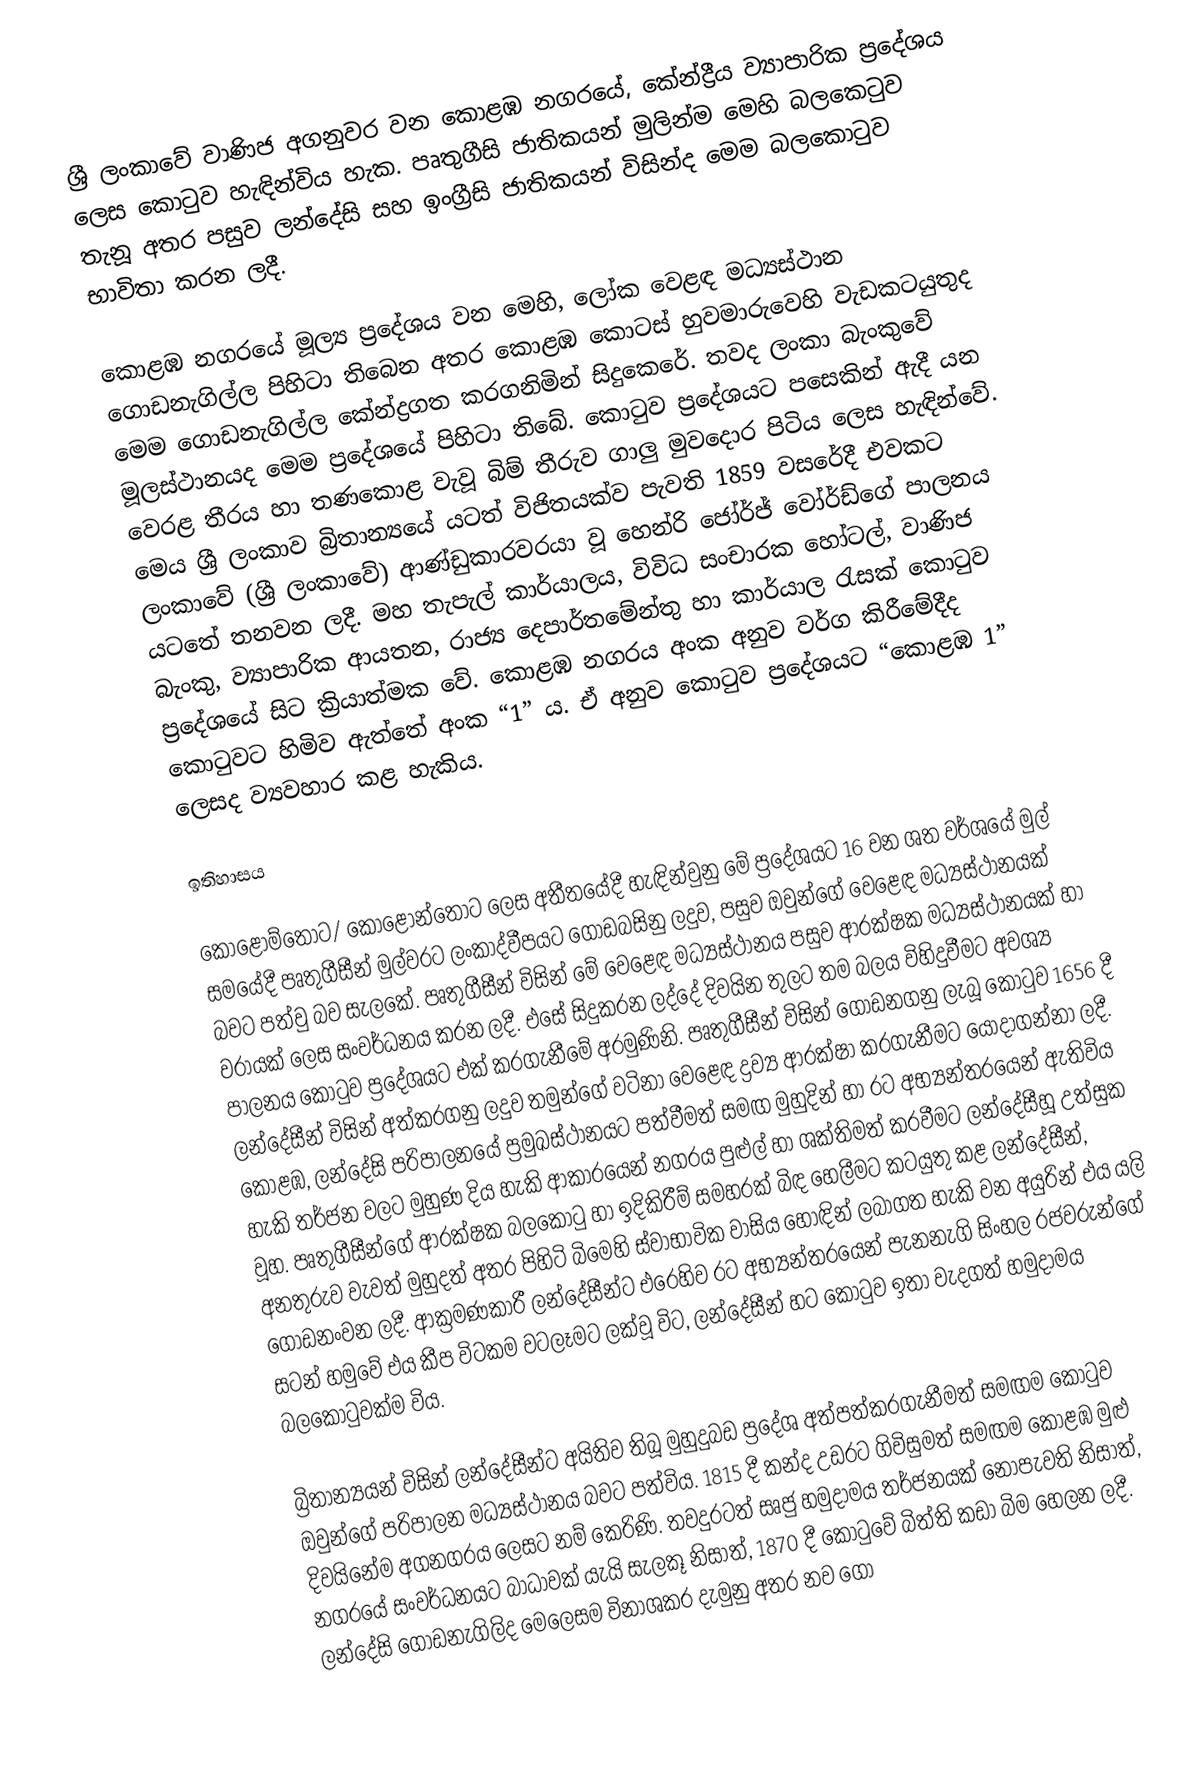
ශ්‍රී ලංකාවේ වාණිජ අගනුවර වන කොළඹ නගරයේ,  කේන්ද්‍රීය ව්‍යාපාරික ප්‍රදේශය ලෙස කොටුව හැඳින්විය හැක. පෘතුගීසි ජාතිකයන් මුලින්ම මෙහි බලකෙටුව තැනූ අතර පසුව ලන්දේසි සහ ඉංග්‍රීසි ජාතිකයන් විසින්ද මෙම බලකොටුව භාවිතා කරන ලදී.

කොළඹ නගරයේ මූල්‍ය ප්‍රදේශය වන මෙහි, ලෝක වෙළඳ මධ්‍යස්ථාන ගොඩනැගිල්ල පිහිටා තිබෙන අතර කොළඹ කොටස් හුවමාරුවෙහි වැඩකටයුතුද මෙම ගොඩනැගිල්ල කේන්ද්‍රගත කරගනිමින් සිදුකෙරේ. තවද ලංකා බැංකුවේ මූලස්ථානයද මෙම ප්‍රදේශ‍යේ පිහිටා තිබේ. කොටුව ප්‍රදේශයට පසෙකින් ඇදී යන වෙරළ තීරය හා තණකොළ වැවූ බිම් තීරුව ගාලු මුවදොර පිටිය ලෙස හැඳින්වේ. මෙය ශ්‍රී ලංකාව බ්‍රිතාන්‍යයේ යටත් විජිතයක්ව පැවති 1859 වසරේදී එවකට ලංකාවේ (ශ්‍රී ලංකාවේ) ආණ්ඩුකාරවරයා වූ හෙන්රි ජෝර්ජ් වෝර්ඩ්ගේ පාලනය යටතේ තනවන ලදී. මහ තැපැල් කාර්යාලය, විවිධ සංචාරක හෝටල්, වාණිජ බැංකු, ව්‍යාපාරික ආයතන, රාජ්‍ය දෙපාර්තමේන්තු හා කාර්යාල රැසක් කොටුව ප්‍රදේශයේ සිට ක්‍රියාත්මක වේ. කොළඹ නගරය අංක අනුව වර්ග කිරීමේදීද කොටුවට හිමිව ඇත්තේ අංක “1” ය. ඒ අනුව කොටුව ප්‍රදේශයට “කොළඹ 1” ලෙසද ව්‍යවහාර කළ හැකිය.

ඉතිහාසය

කොළොම්තොට/ කොළොන්තොට ලෙස අතීතයේදී හැඳින්වුනු මේ ප්‍රදේශයට 16 වන ශත වර්ශයේ මුල් සමයේදී  පෘතුගීසීන් මුල්වරට ලංකාද්වීපයට ගොඩබසිනු ලදුව, පසුව ඔවුන්ගේ වෙළෙඳ මධ්‍යස්ථානයක් බවට පත්වු බව සැලකේ. පෘතුගීසීන් විසින් මේ වෙළෙඳ මධ්‍යස්ථානය පසුව ආරක්ෂක මධ්‍යස්ථානයක් හා ‍වරායක් ලෙස සංවර්ධනය කරන ලදී.  එසේ සිදුකරන ලද්දේ දිවයින තුලට තම බලය විහිදුවීමට අවශ්‍ය පාලනය කොටුව ප්‍රදේශයට එක් කරගැනීමේ අරමුණිනි. පෘතුගීසීන් විසින් ගොඩනගනු ලැබූ කොටුව 1656 දී ලන්දේසීන් විසින් අත්කරගනු ලදුව තමුන්ගේ වටිනා වෙළෙඳ ද්‍රව්‍ය ආරක්ෂා කරගැනීමට යොදාගන්නා ලදී. කොළඹ, ලන්දේසි පරිපාල‍නයේ ප්‍රමුඛස්ථානයට පත්වීමත් සමඟ මුහුදින් හා රට අභ්‍යන්තරයෙන් ඇතිවිය හැකි තර්ජන වලට මුහුණ දිය හැකි ආකාරයෙන් නගරය පුළුල් හා ශක්තිමත් කරවීමට ලන්දේසීහූ උත්සුක වූහ. පෘතුගීසීන්ගේ ආරක්ෂක බලකොටු හා ඉදිකිරීම් සමහරක් බිඳ හෙලීමට කටයුතු කළ ලන්දේසීන්, අනතුරුව වැවත් මුහුදත් අතර පිහිටි බිමෙහි ස්වාභාවික වාසිය හොඳින් ලබාගත හැකි වන අයුරින් එය යලි ගොඩනංවන ලදී. ආක්‍රමණකාරී ලන්දේසීන්ට එරෙහිව රට අභ්‍යන්තරයෙන් පැනනැගි සිංහල රජවරුන්ගේ සටන් හමුවේ එය කීප විටකම වටලෑමට ලක්වූ විට, ලන්දේසීන් හට කොටුව ඉතා වැදගත් හමුදාමය බලකොටුවක්ම විය.

බ්‍රිතාන්‍යයන් විසින් ලන්දේසීන්ට අයිතිව තිබූ මුහුදුබඩ ප්‍රදේශ අත්පත්කරගැනීමත් සමඟම කොටුව ඔවුන්ගේ පරිපාලන මධ්‍යස්ථානය බවට පත්විය. 1815 දී කන්ද උඩරට ගිවිසුමත් සමඟම කොළඹ මුළු දිවයිනේම අගනගරය ලෙසට නම් කෙරිණි. තවදුරටත් සෘජු හමුදාමය තර්ජනයක් නොපැවති නිසාත්, නගරයේ සංවර්ධනයට බාධාවක් යැයි සැලකූ නිසාත්, 1870 දී කොටුවේ බිත්ති කඩා බිම හෙලන ලදී. ලන්දේසි ගොඩනැගිලිද මෙලෙසම විනාශකර දැමුනු අතර නව ගො